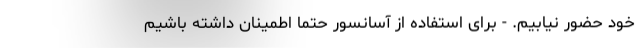
خود حضور نیابیم. - برای استفاده از آسانسور حتما اطمینان داشته باشیم